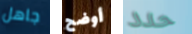
جاهل أوضح حدد